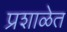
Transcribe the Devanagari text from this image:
प्रशाळेत